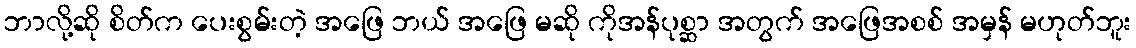
ဘာလို့ဆို စိတ်က ပေးစွမ်းတဲ့ အဖြေ ဘယ် အဖြေ မဆို ကိုအန်ပုစ္ဆာ အတွက် အဖြေအစစ် အမှန် မဟုတ်ဘူး